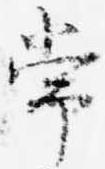
常